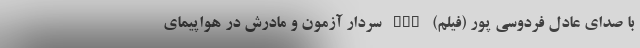
با صدای عادل فردوسی پور (فیلم) nan سردار آزمون و مادرش در هواپیمای